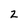
Character: 2